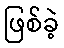
ဖြစ်ခဲ့